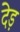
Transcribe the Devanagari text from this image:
देड़